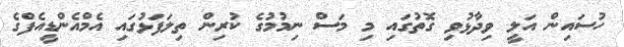
ހުސައިން އަލީ ވިދާޅުވި ގޮތުގައި މި މަސް ނިމުމުގެ ކުރިން ތިލަފަޅުގައި އެމްއެންޑީއެފްގެ